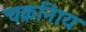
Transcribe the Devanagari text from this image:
चक्रनािय